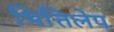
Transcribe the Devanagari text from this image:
भित्तिलेप